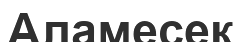
Аламесек